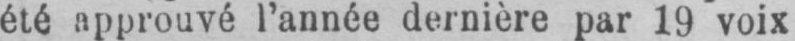
été approuvé l’année dernière par 19 voix